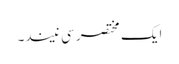
ایک مختصر سی نیند۔